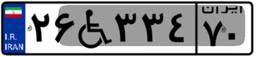
۲۶W۳۳۴۷۰